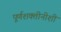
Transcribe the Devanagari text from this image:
पूर्णशक्तीनीशी